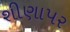
શીણાપર